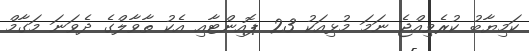
ކަމިޔާބު ކުރެވިއްޖެ ނަމަ މުޅިއަކު 23 ޕޮއިންޓާއި އެކު ތާވާލްގެ ދެވަނަ މަގާމް